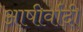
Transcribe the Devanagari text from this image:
आषीर्वादी